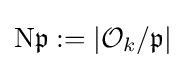
\mathrm {N} {\mathfrak {p}}:=|{\mathcal {O}}_{k}/{\mathfrak {p}}|